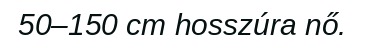
50–150 cm hosszúra nő.